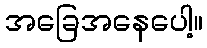
အခြေအနေပေါ့။